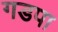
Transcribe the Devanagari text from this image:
गडपा